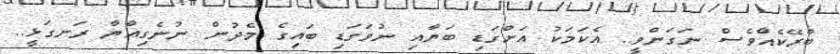
ބްރޭކެއްވެސް ނަގަންވީ.. އެކަމަކު އަށްގަޑި ބަޔާއި ނުވަގަޑި ބައިގެ މެދުން ނުނެގިއްޔާ ރަނގަޅީ..